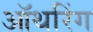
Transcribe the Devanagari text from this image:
ऑथरिंग